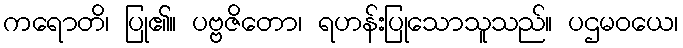
ကရောတိ၊ ပြု၏။ ပဗ္ဗဇိတော၊ ရဟန်းပြုသောသူသည်။ ပဌမဝယေ၊